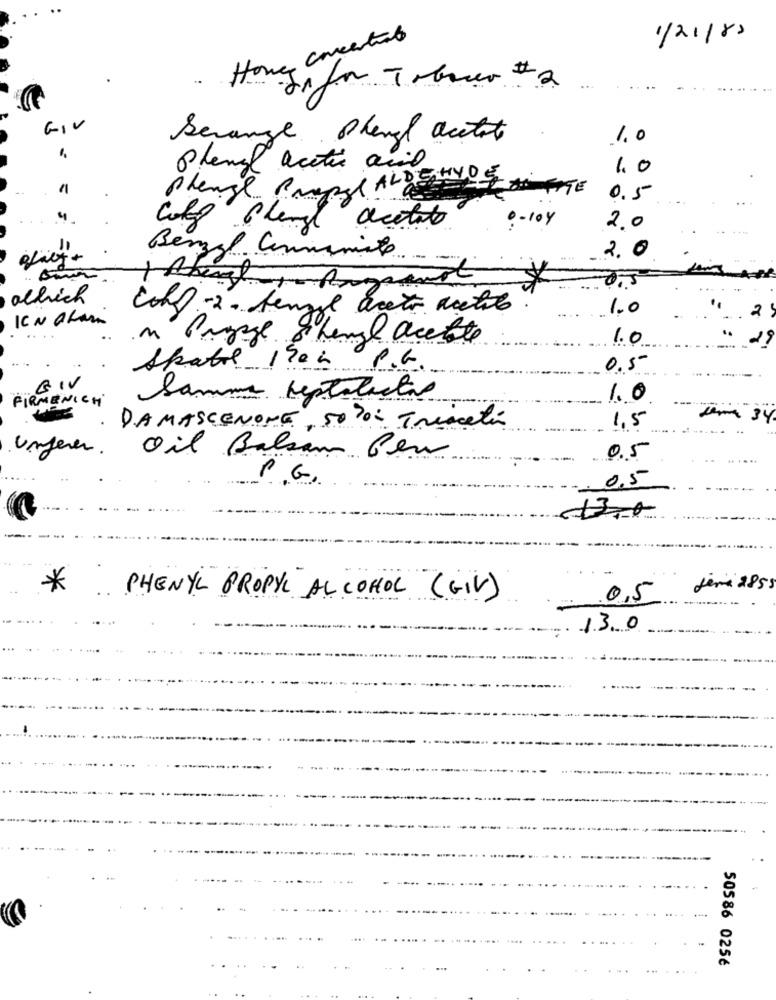
Hove concertins
1/21/85
Japan Tobacco # 2
GIV
Serange Phand acetate
1.0
phanz acetic acid
1.0
1
Phanze Props Ara
0.5
. - 10y
cole bling acetate
2.0
2.0
Benzal Communiste
allich
wolf -2- tenzze aceto metil
1.0
IN ALAR
2
1.0
- -
Spatel 1900 P.G.
0.5
GIV
FIRMENICH
Samma heptatatas
1.0
34
DAMASCENONE , 500- Tristan
1,5
ungerer.
Oil Balsam Per
0.5
P .G.
0.5
13.0
*
jemi 2855
PHENYL PROPYL ALCOHOL (GIV)
0,5
13.0
50586 025€